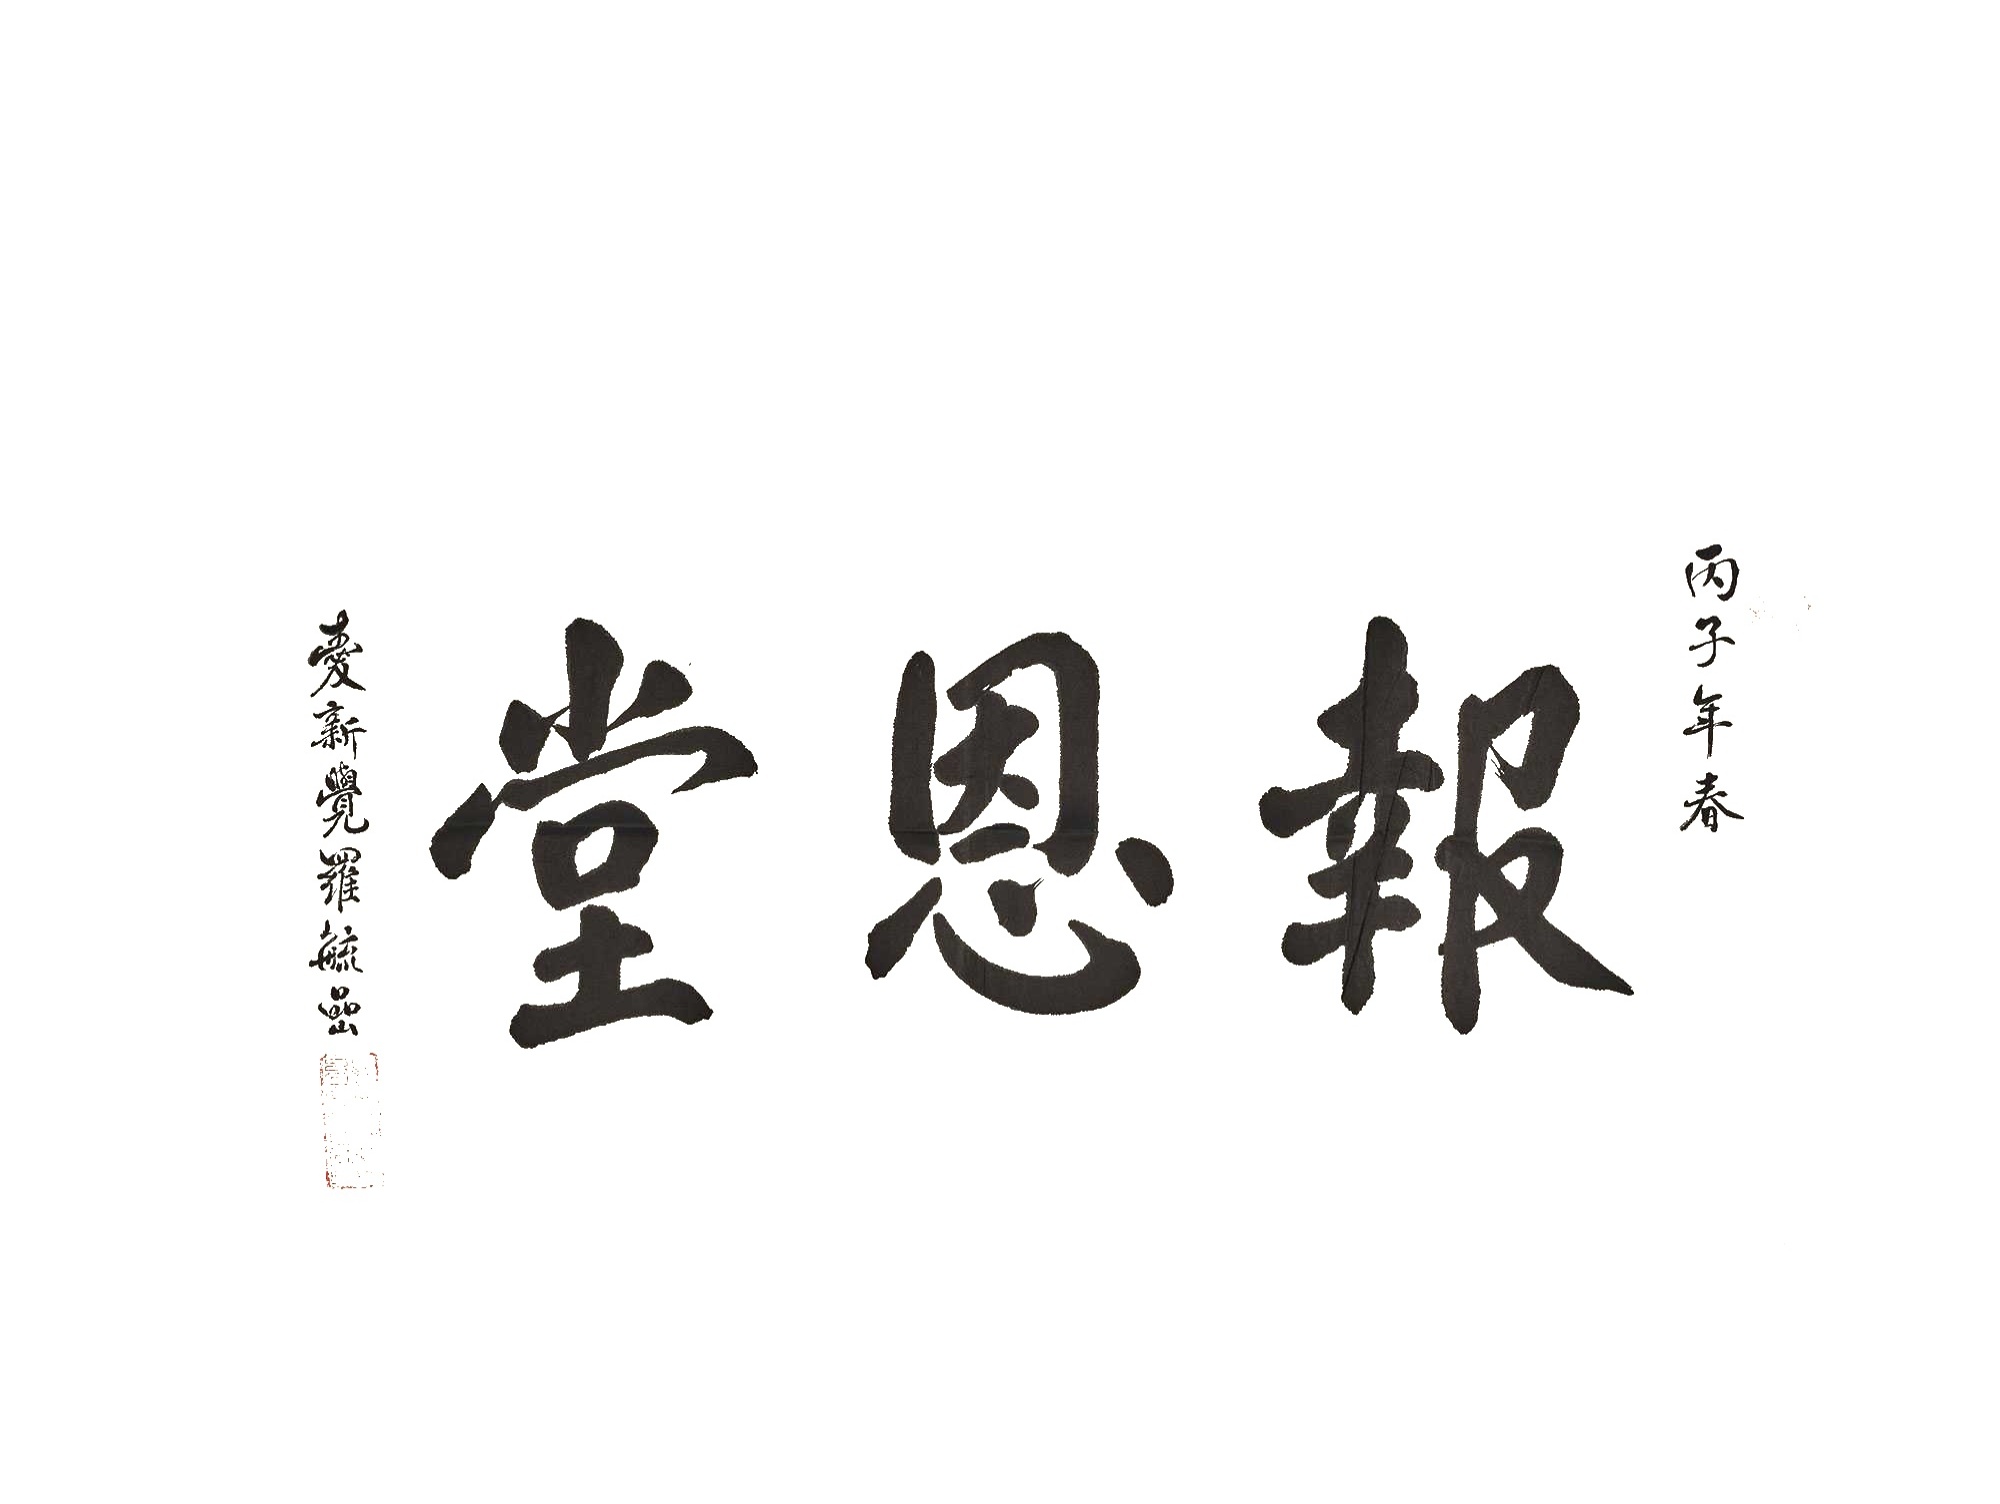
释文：报恩堂爱新觉罗毓喦、长白山人